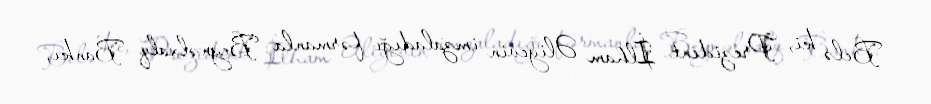
Belə ki, Prezident İlham Əliyevin imzaladığı fərmanla Beynəlxalq Bankı,